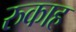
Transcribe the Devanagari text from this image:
रुकाह